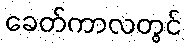
ခေတ်ကာလတွင်